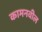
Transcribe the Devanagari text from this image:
कामनवील